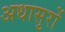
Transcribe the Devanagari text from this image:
अधासुरों